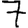
Digit: 7